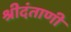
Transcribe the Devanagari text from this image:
श्रीदंताणी